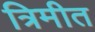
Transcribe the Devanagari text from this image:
त्रिमीत